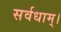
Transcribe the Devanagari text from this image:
सर्वधाम्‌।